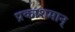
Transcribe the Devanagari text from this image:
प्रकाशमान्